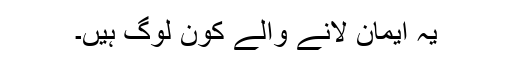
یہ ایمان لانے والے کون لوگ ہیں۔